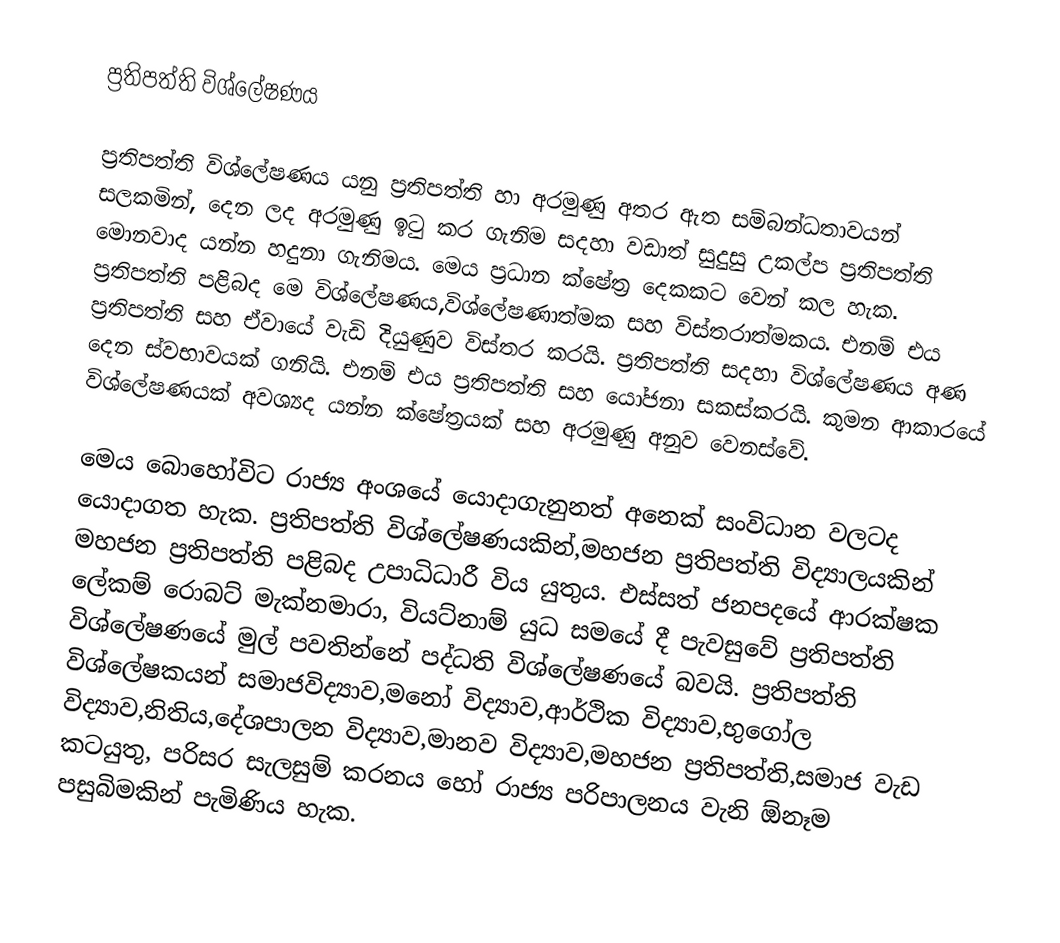
ප්‍රතිපත්ති විශ්ලේෂණය

ප්‍රතිපත්ති විශ්ලේෂණය යනු ප්‍රතිපත්ති හා අරමුණු අතර ඇත සම්බන්ධතාවයන් සලකමින්, දෙන ලද අරමුණු ඉටු කර ගැනිම සදහා වඩාත් සුදුසු උකල්ප ප්‍රතිපත්ති මොනවාද යන්න හදුනා ගැනිමය. මෙය ප්‍රධාන ක්ෂේත්‍ර දෙකකට වෙන් කල හැක. ප්‍රතිපත්ති පළිබද මෙ විශ්ලේෂණය,විශ්ලේෂණාත්මක සහ විස්තරාත්මකය. එනම් එය ප්‍රතිපත්ති සහ ඒවායේ වැඩි දියුණුව විස්තර කරයි. ප්‍රතිපත්ති සදහා විශ්ලේෂණය අණ දෙන  ස්වභාවයක් ගනියි. එනම් එය ප්‍රතිපත්ති සහ යෝජනා සකස්කරයි. කුමන ආකාරයේ විශ්ලේෂණයක් අවශ්‍යද යන්න ක්ෂේත්‍රයක් සහ අරමුණු අනුව  වෙනස්වේ.

මෙය බොහෝවිට රාජ්‍ය අංශයේ යොදාගැනුනත් අනෙක් සංවිධාන වලටද යොදාගත හැක. ප්‍රතිපත්ති විශ්ලේෂණයකින්,මහජන ප්‍රතිපත්ති විද්‍යාලයකින් මහජන ප්‍රතිපත්ති පළිබද උපාධිධාරී විය යුතුය. එස්සත් ජනපදයේ ආරක්ෂක ලේකම් රොබට් මැක්නමාරා, වියට්නාම් යුධ සමයේ දී පැවසුවේ ප්‍රතිපත්ති විශ්ලේෂණයේ  මුල් පවතින්නේ   පද්ධති විශ්ලේෂණයේ බවයි. ප්‍රතිපත්ති විශ්ලේෂකයන් සමාජවිද්‍යාව,මනෝ විද්‍යාව,ආර්ථික විද්‍යාව,භුගෝල විද්‍යාව,නිතිය,දේශපාලන විද්‍යාව,මානව විද්‍යාව,මහජන ප්‍රතිපත්ති,සමාජ වැඩ කටයුතු, පරිසර සැලසුම් කරනය හෝ රාජ්‍ය පරිපාලනය වැනි ඕනෑම පසුබිමකින් පැමිණිය හැක.